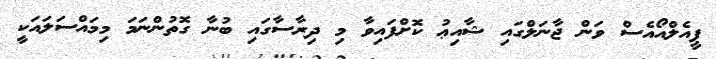
ޕީއެލްއޯއެސް ވަން ޖާނަލްގައި ޝާއިޢު ކޮށްފައިވާ މި ދިރާސާގައި ބުނާ ގޮތުންނަމަ މިމައްސަލައަކީ